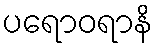
ပရောဝရာနိ